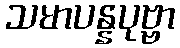
သမာပန္နပုဗ္ဗာ